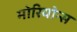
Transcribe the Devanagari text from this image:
मोरियोन्स